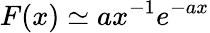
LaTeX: F(x)\simeq ax^{-1}e^{-ax}